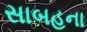
સાબહના